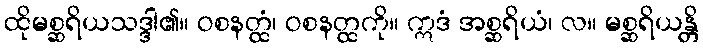
ထိုမစ္ဆရိယသဒ္ဒါ၏။ ဝစနတ္ထံ၊ ဝစနတ္ထကို။ ဣဒံ အစ္ဆရိယံ၊ လ။ မစ္ဆရိယန္တိ